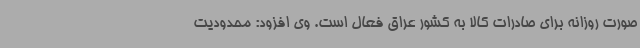
صورت روزانه برای صادرات کالا به کشور عراق فعال است. وی افزود: محدودیت